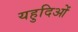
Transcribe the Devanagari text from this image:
यहुदिओं